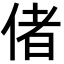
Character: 偖